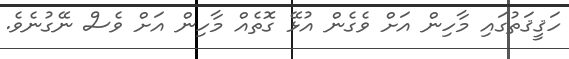
ހަޤީޤަތުގައި މާހިން އަށް ވެގެން އުޅޭ ގޮތެއް މާހިން އަށް ވެސް ނޭގުނެވެ.